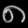
Digit: ၈